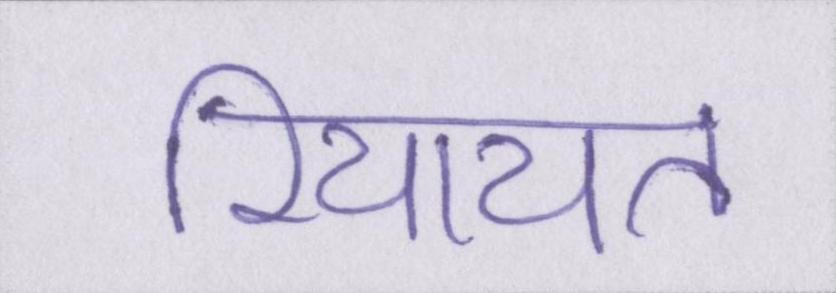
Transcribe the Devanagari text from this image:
रियायत